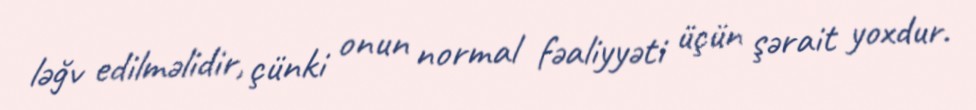
ləğv edilməlidir, çünki onun normal fəaliyyəti üçün şərait yoxdur.